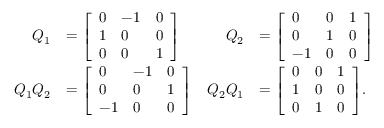
{ \begin{array} { r l r l } { Q _ { 1 } } & { = { \left[ \begin{array} { l l l } { 0 } & { - 1 } & { 0 } \\ { 1 } & { 0 } & { 0 } \\ { 0 } & { 0 } & { 1 } \end{array} \right] } } & { Q _ { 2 } } & { = { \left[ \begin{array} { l l l } { 0 } & { 0 } & { 1 } \\ { 0 } & { 1 } & { 0 } \\ { - 1 } & { 0 } & { 0 } \end{array} \right] } } \\ { Q _ { 1 } Q _ { 2 } } & { = { \left[ \begin{array} { l l l } { 0 } & { - 1 } & { 0 } \\ { 0 } & { 0 } & { 1 } \\ { - 1 } & { 0 } & { 0 } \end{array} \right] } } & { Q _ { 2 } Q _ { 1 } } & { = { \left[ \begin{array} { l l l } { 0 } & { 0 } & { 1 } \\ { 1 } & { 0 } & { 0 } \\ { 0 } & { 1 } & { 0 } \end{array} \right] } . } \end{array} }